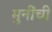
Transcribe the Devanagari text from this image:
मुनींची